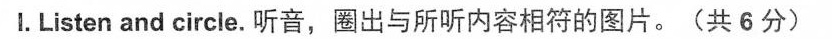
I.Listen and circle.听音，圈出与所听内容相符的图片。(共6分)